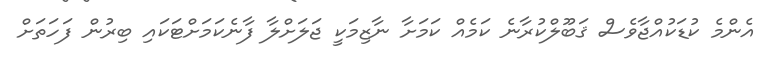
އެންމެ ކުޑަކުއްޖާވެސް ޤަބޫލްކުރާނެ ކަމެއް ކަމަށާ ނާޒިމަކީ ޖަލަށްލާ ފާނެކަމަށްޓަކައި ބިރުން ފަހަތަށް